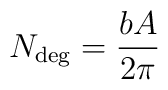
N_{\rm deg}={b A\over 2\pi}